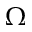
\Omega